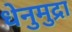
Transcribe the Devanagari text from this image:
धेनुमुद्रा